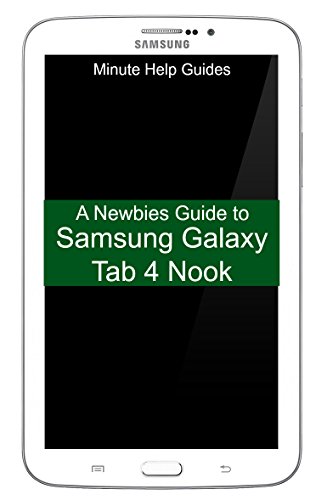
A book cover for A Newbies Guide to Samsung Galaxy Tab 4 Nook: The Unofficial Beginngers Guide to Doing Everything with the Nook Tablet; Minute Help Guides; Computers & Technology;